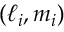
( \ell _ { i } , m _ { i } )